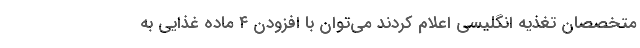
متخصصان تغذیه انگلیسی اعلام کردند می‌توان با افزودن ۴ ماده غذایی به